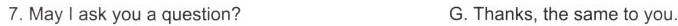
7.May Iask you a question? G.Thanks, the same to you.